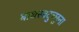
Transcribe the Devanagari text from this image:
बाधस्वदुच्छुना